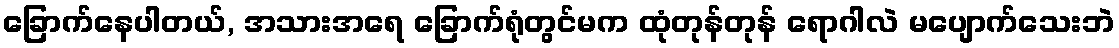
ခြောက်နေပါတယ်, အသားအရေ ခြောက်ရုံတွင်မက ထုံတုန်တုန် ရောဂါလဲ မပျောက်သေးဘဲ